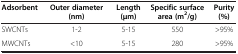
<table><thead><tr><td><b>Adsorbent</b></td><td><b>Outer diameter (nm)</b></td><td><b>Length (μm)</b></td><td><b>Specific surface area (m<sup>2</sup>/g)</b></td><td><b>Purity (%)</b></td></tr></thead><tbody><tr><td>SWCNTs</td><td>1-2</td><td>5-15</td><td>550</td><td>&gt;95%</td></tr><tr><td>MWCNTs</td><td>&lt;10</td><td>5-15</td><td>280</td><td>&gt;95%</td></tr></tbody></table>